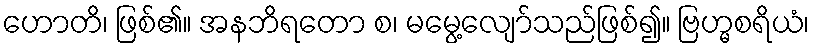
ဟောတိ၊ ဖြစ်၏။ အနဘိရတော စ၊ မမွေ့လျော်သည်ဖြစ်၍။ ဗြဟ္မစရိယံ၊